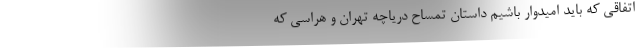
اتفاقی که باید امیدوار باشیم داستان تمساحِ دریاچه تهران و هراسی که